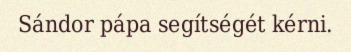
Sándor pápa segítségét kérni.